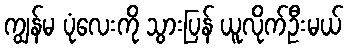
ကျွန်မ ပုံလေးကို သွားပြန် ယူလိုက်ဦးမယ်